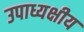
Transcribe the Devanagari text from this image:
उपाध्यक्षीय